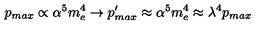
p _ { m a x } \propto \alpha ^ { 5 } m _ { e } ^ { 4 } \rightarrow p _ { m a x } ^ { \prime } \approx \alpha ^ { 5 } m _ { e } ^ { 4 } \approx \lambda ^ { 4 } p _ { m a x }